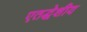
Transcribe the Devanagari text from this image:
एतद्धेशीय